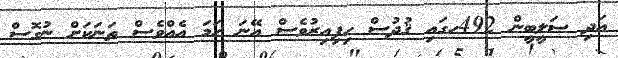
އަދި ޞަލީބީން 492ހގައި ޤުދުސް ހިފިއިރުވެސް އޭނަ ހަމަ އެއްވެސް ތަނަކަށް ނުގޮސް